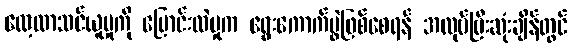
လေ့လာသင်ယူမှုကို ပြောင်းလဲမှုက ရွေးကောက်ပွဲဖြစ်စေရန် အလုပ်ပြီးဆုံးချိန်တွင်